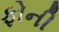
ફોની